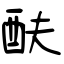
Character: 酜